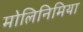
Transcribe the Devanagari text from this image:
मोलिनिमिया